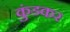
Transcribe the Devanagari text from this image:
कुंडकर